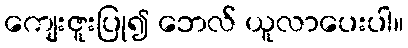
ကျေးဇူးပြု၍ ဘေလ် ယူလာပေးပါ။